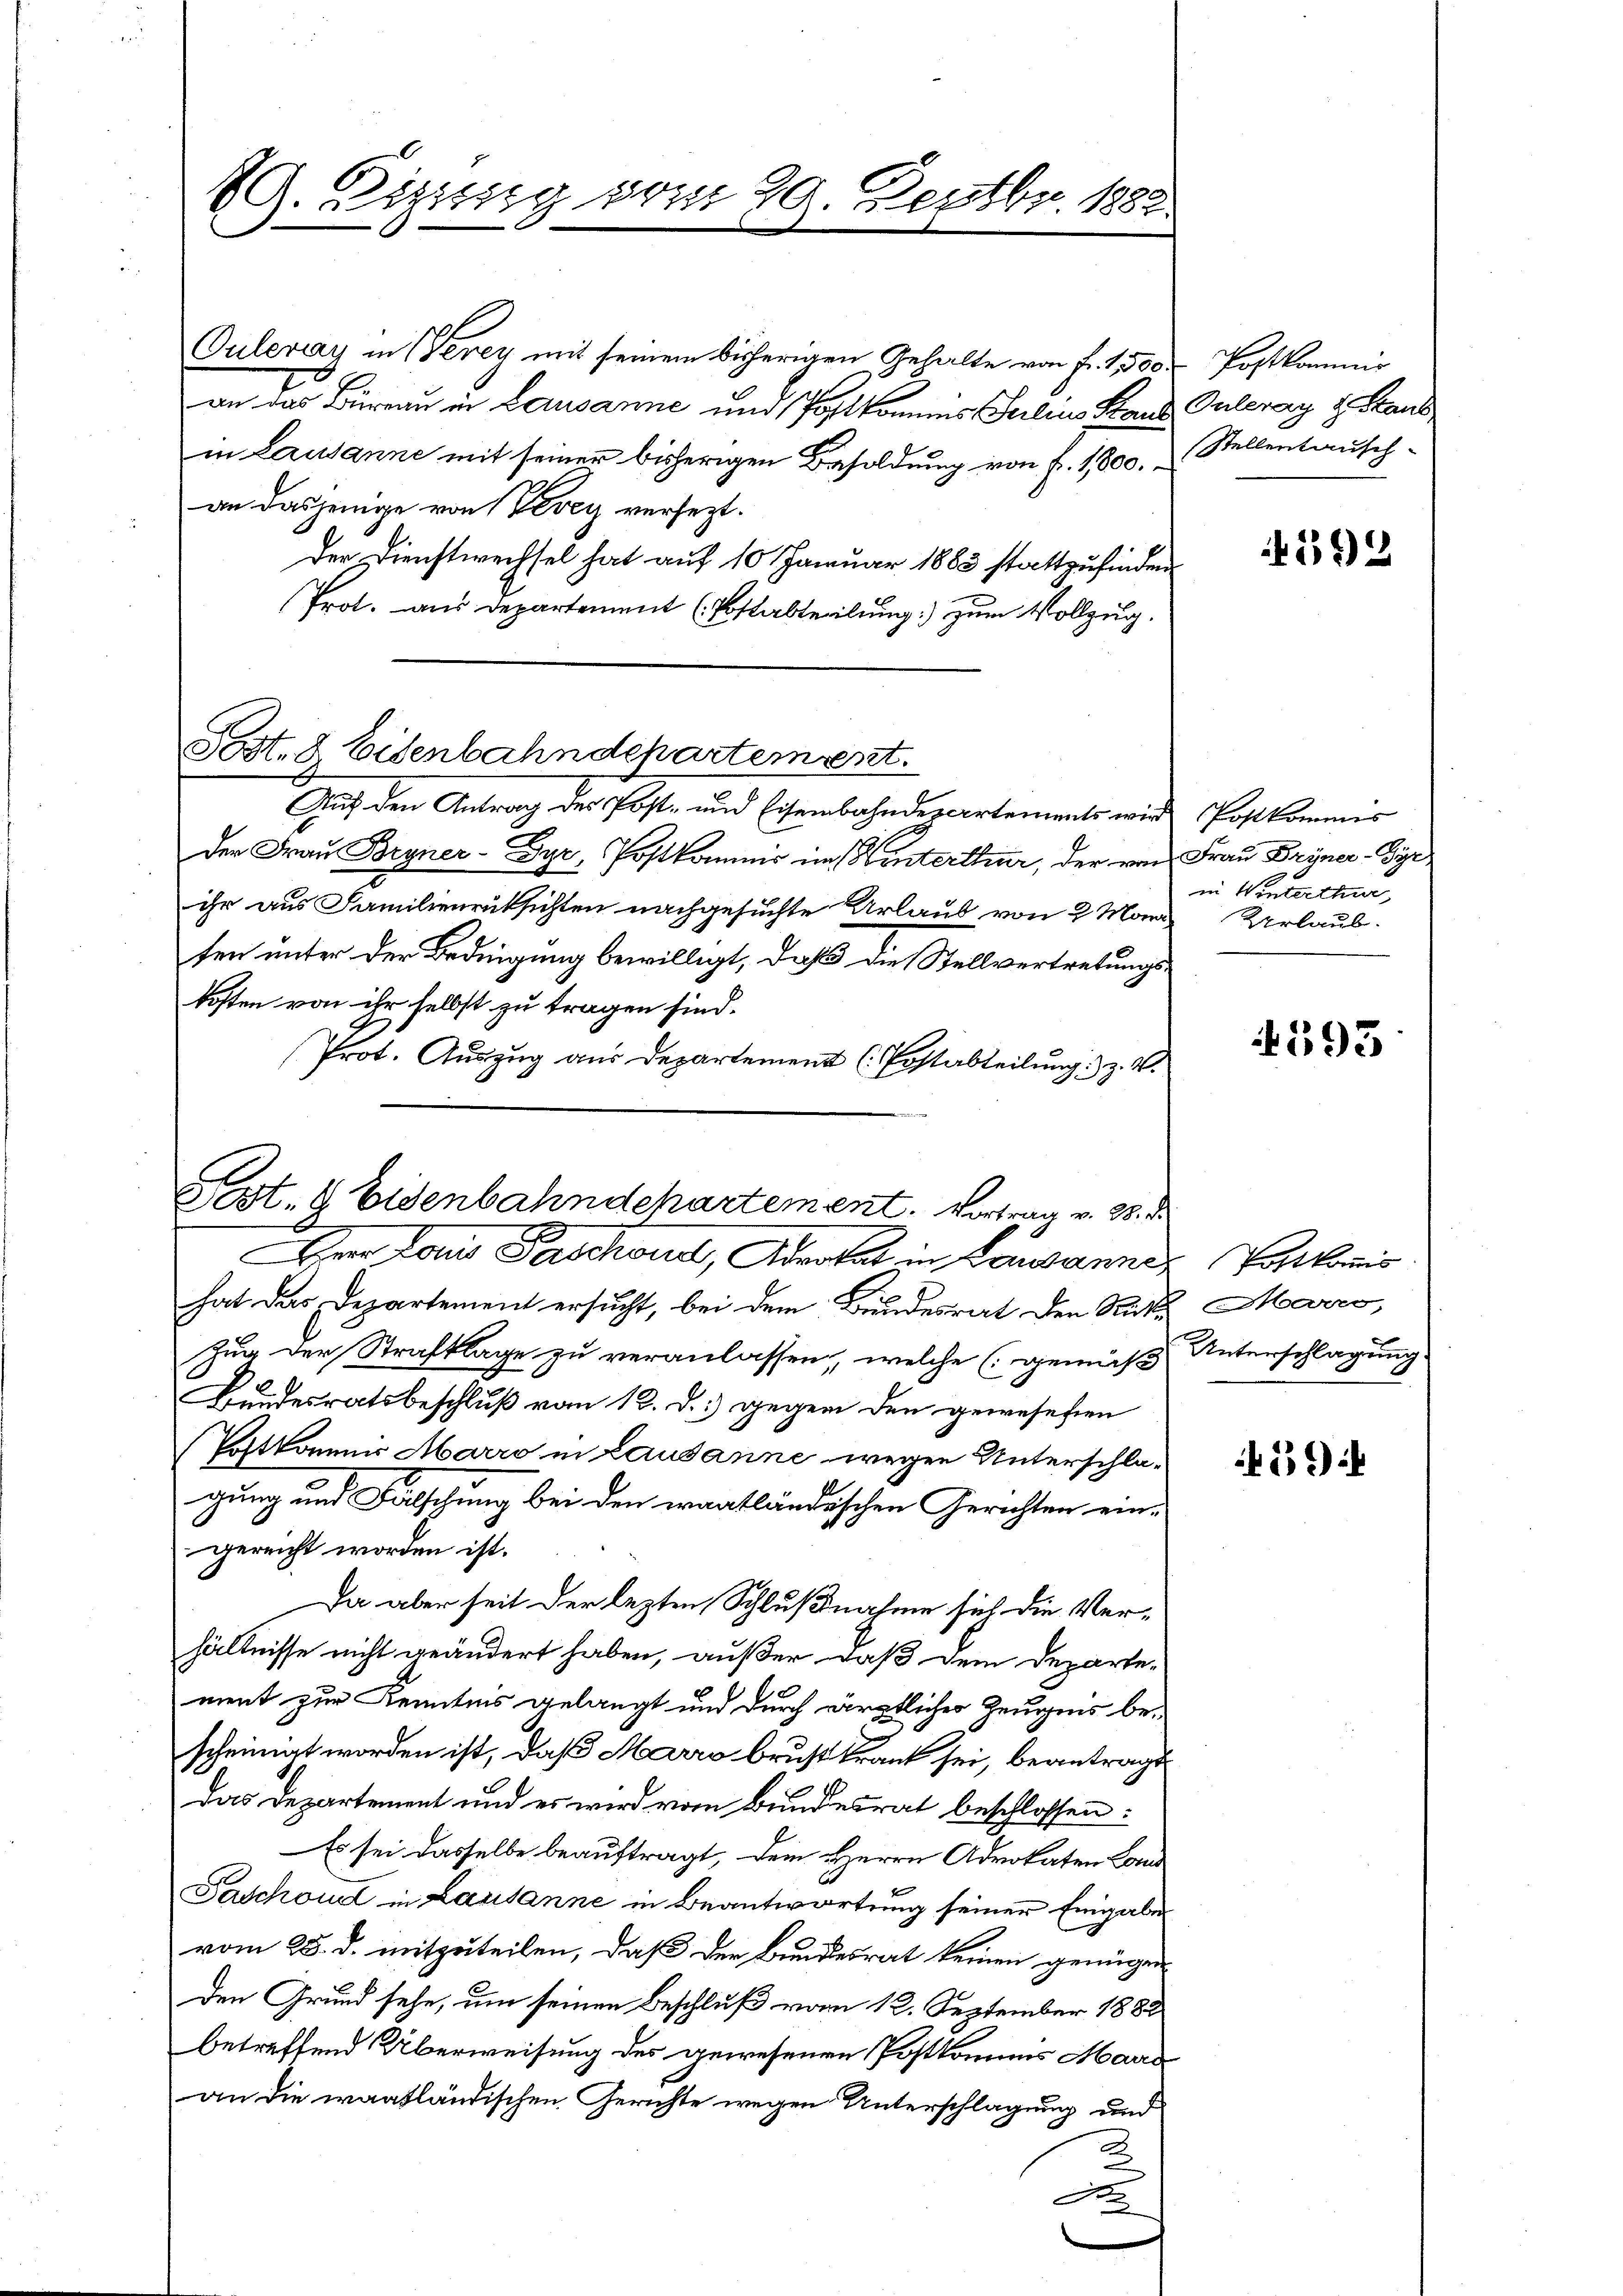
Ouleray in Verey mit seinem bisherigen Gehalte von Fr. 1,500.
an das Büreau in Lausanne und Postkommis Julius Stand Guleray d. Staub
in Lausanne mit seiner bisherigen Besoldung von f. 1,800, Stellentausch-
an dasjenige von Vevey versezt.
der Dienstwechsel hat auf 10 Januar 1883 stattzufinden
Prot. aus Departement (Pottabteilung) zum Vollzug.

89. Zizung vom 29. Septbr. 1882

Post. 8 Eisenbahndepartement.

Aene Louis Taschon, Advokat in Lausanner Portkommis

Aŭf den Antrag des Post- und Eisenbahndepartements wird Postkommis
der Frau Bryner-Gyr, Postkommis im Hinterthur, der von Frau Bryner-Gyr
ihr aus Familienrüksichten nachgesuchte Urlaub von 2 Marie Verlaub.
ten unter der Bedingung bewilligt, daß die Stellvertretungskosten von ihr selbst zu tragen sind.
Prot. Auszug aus Departement (Postabteilung) z. B.
Fest. G. Eisenbahndehartement. Vortrag v. 28. d.

hat das Departement ersucht, bei dem Bundesrat den Rat Marro,
Zug der Strafklage zu veranlassen, welche (gemäß
Bundesratsbeschluß vom 12. d.) gegen den gewesehen
Erstkommis Marro in Lausanne wegen Unterschlagung und Fälschung bei den eraatländischen Gerichten eingereicht worden ist.
Da aber seit der lezten Schlußnahme sich die Verhältnisse nicht geändert haben, außer, daß dem Departe-
ment zur Kenntnis gelangt und durch ärztlicher Zeugnis bescheinigt worden ist, daß Marro brust krank sei, beantragt
Das Departement und es wird vom Bundesrat beschlossen:
Es sei dasselbe beauftragt, dem Herrn Advokaten Lond
Paschon in Lausanne in Beantwortung seiner Eingabe
vom 28. d. mitzuteilen, daß der Bundesrat keinen genügen
den Grund sehe, um seinen Beschluß vom 12. September 1882
betreffend Überweisung des gewesenen Postkommens Mande
an die waatländischen Gerichte wegen Unterschlagung und
2
A

Postkommis

595

in Winterthur,

593

Unterschlagung.

4594